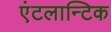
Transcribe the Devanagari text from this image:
एंटलान्टिक